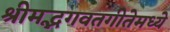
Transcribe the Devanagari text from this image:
श्रीमद्भगवतगीतेमध्ये